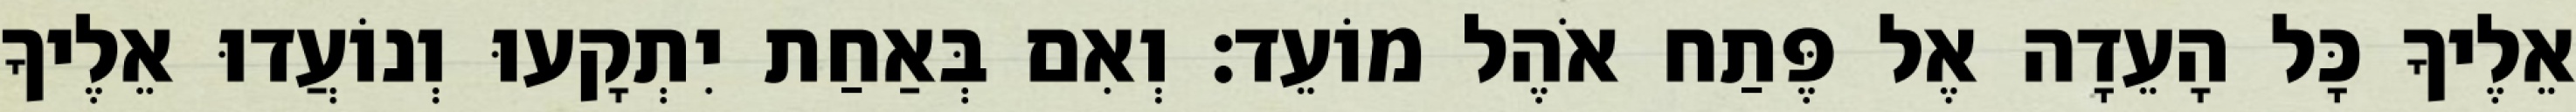
אֵלֶיךָ כָּל הָעֵדָה אֶל פֶּתַח אֹהֶל מוֹעֵד׃ וְאִם בְּאַחַת יִתְקָעוּ וְנוֹעֲדוּ אֵלֶיךָ